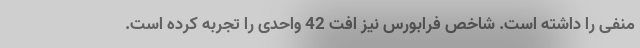
منفی را داشته است. شاخص فرابورس نیز افت 42 واحدی را تجربه کرده است.